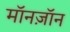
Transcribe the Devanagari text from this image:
मॉनज़ॉन